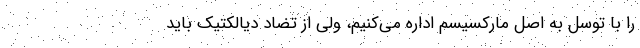
را با توسل به اصل مارکسیسم اداره می‌کنیم، ولی از تضاد دیالکتیک باید